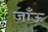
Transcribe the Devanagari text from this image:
जाँऊ